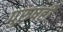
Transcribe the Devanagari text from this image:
पुरुषही